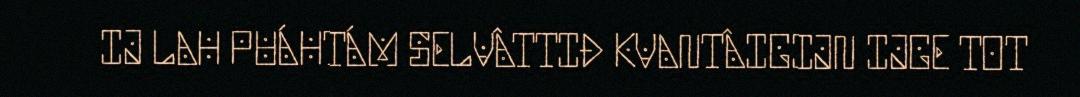
IJ LAH PUÁHTÁM SELVÂTTIĐ KVANTÂIGIJN IJGE TOT